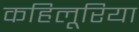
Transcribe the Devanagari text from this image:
कहिलूरिया